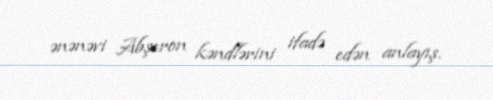
ənənəvi Abşeron kəndlərini ifadə edən anlayış.